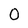
Character: O